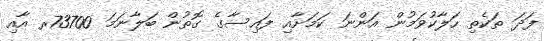
ފަދަ ތަކެތި ހަލާކުވަމުން އަންނަ ކަމަށާއި ފައިސާގެ ގޮތުން ބަލާނަމަ 73700ރ އާއި